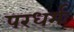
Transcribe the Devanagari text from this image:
परधर्मः